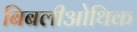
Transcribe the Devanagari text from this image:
बिबलीओथिक